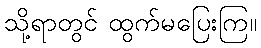
သို့ရာတွင် ထွက်မပြေးကြ။